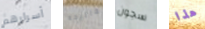
أسرارهم مفاتيحه سجون هذا